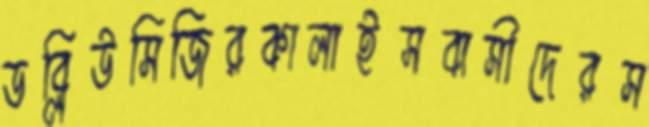
ডব্লিউসিজিরকালাইসবাসীদেরস